Indian Civil Veterinary Department memoirs
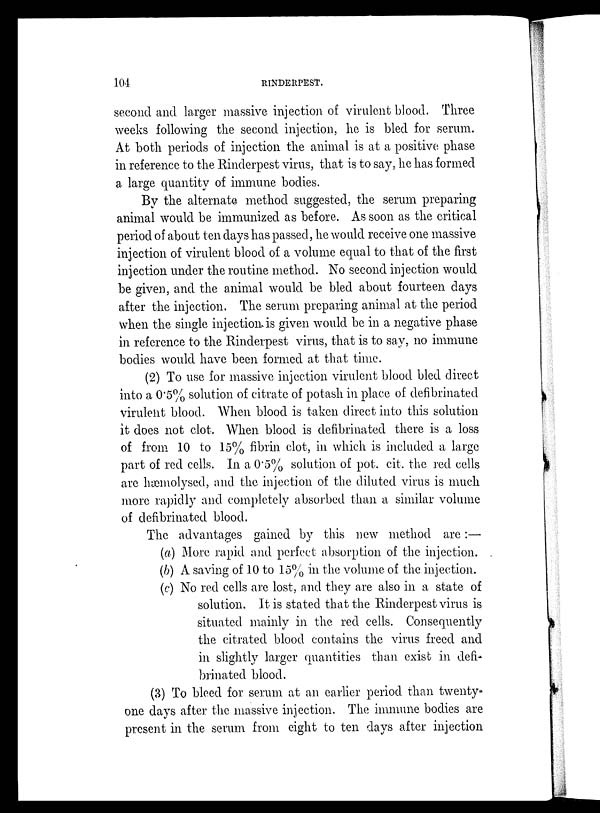
104
RINDERPEST.
second and larger massive injection of virulent blood. Three
weeks following the second injection, he is bled for serum.
At both periods of injection the animal is at a positive phase
in reference to the Rinderpest virus, that is to say, he has formed
a large quantity of immune bodies.
By the alternate method suggested, the serum preparing
animal would be immunized as before. As soon as the critical
period of about ten days has passed, he would receive one massive
injection of virulent blood of a volume equal to that of the first
injection under the routine method. No second injection would
be given, and the animal would be bled about fourteen days
after the injection. The serum preparing animal at the period
when the single injection, is given would be in a negative phase
in reference to the Rinderpest virus, that is to say, no immune
bodies would have been formed at that time.
(2) To use for massive injection virulent blood bled direct
into a 0.5% solution of citrate of potash in place of defibrinated
virulent blood. When blood is taken direct into this solution
it does not clot. When blood is defibrinated there is a loss
of from 10 to 15% fibrin clot, in which is included a large
part of red cells. In a 0.5% solution of pot. cit. the red cells
are hæmolysed, and the injection of the diluted virus is much
more rapidly and completely absorbed than a similar volume
of defibrinated blood.
The advantages gained by this new method are:—
(a) More rapid and perfect absorption of the injection.
(b) A saving of 10 to 15% in the volume of the injection,
(c) No red cells are lost, and they are also in a state of
solution. It is stated that the Rinderpest virus is
situated mainly in the red cells. Consequently
the citrated blood contains the virus freed and
in slightly larger quantities than exist in defi-
brinated blood.
(3) To bleed for serum at an earlier period than twenty-
one days after the massive injection. The immune bodies are
present in the serum from eight to ten days after injection